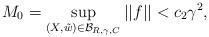
LaTeX: \begin{align*}M_0=\sup_{(X, \tilde w) \in {\mathcal B}_{R, \gamma, C}} ||f|| < c_2\gamma^2,\end{align*}